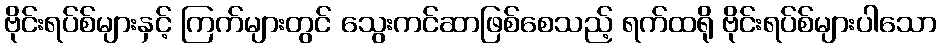
ဗိုင်းရပ်စ်များနှင့် ကြက်များတွင် သွေးကင်ဆာဖြစ်စေသည့် ရက်ထရို ဗိုင်းရပ်စ်များပါသော